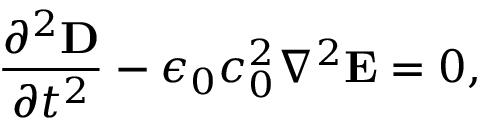
\frac { \partial ^ { 2 } \mathbf { D } } { \partial t ^ { 2 } } - \epsilon _ { 0 } c _ { 0 } ^ { 2 } \nabla ^ { 2 } \mathbf { E } = 0 ,